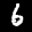
Label: 6